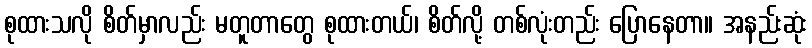
စုထားသလို စိတ်မှာလည်း မတူတာတွေ စုထားတယ်၊ စိတ်လို့ တစ်လုံးတည်း ပြောနေတာ။ အနည်းဆုံး